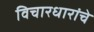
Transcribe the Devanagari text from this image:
विचारधारांचे